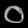
Digit: ၀